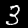
Digit: 3